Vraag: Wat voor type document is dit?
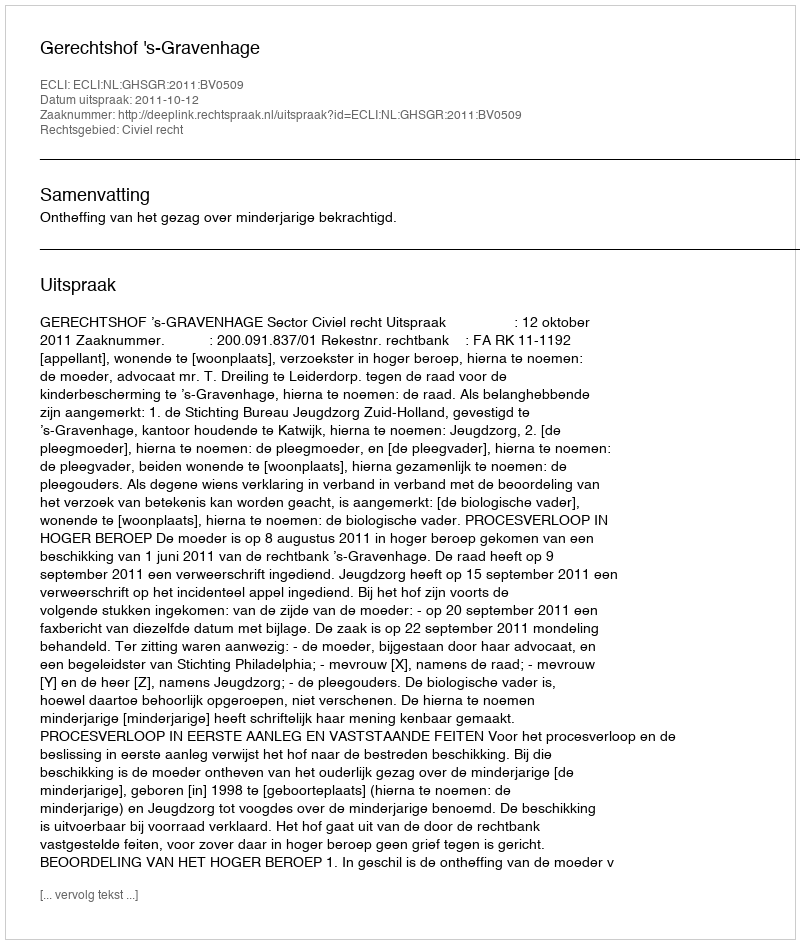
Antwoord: Uitspraak